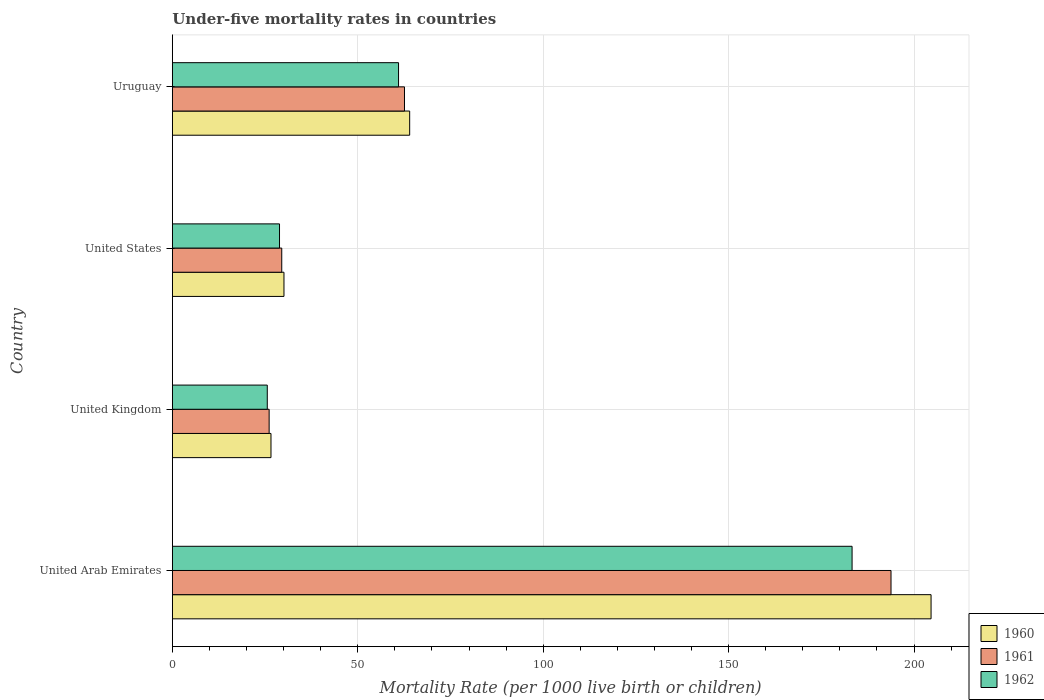
| Country | 1960 | 1961 | 1962 |
 | --- | --- | --- | --- |
 | United Arab Emirates | 205 | 194 | 183 |
 | United Kingdom | 26.6 | 26.1 | 25.6 |
 | United States | 30.1 | 29.5 | 28.9 |
 | Uruguay | 64 | 62.6 | 61 |